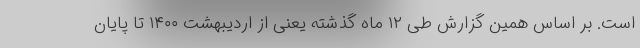
است. بر اساس همین گزارش طی ۱۲ ماه گذشته یعنی از اردیبهشت ۱۴۰۰ تا پایان